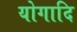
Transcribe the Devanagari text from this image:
योगादि